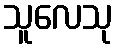
သူလေသု